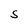
Character: S